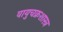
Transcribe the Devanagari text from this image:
वायुचक्रशास्त्र